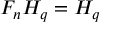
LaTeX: F _ { n } H _ { q } = H _ { q }